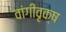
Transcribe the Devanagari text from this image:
वांगीवृक्ष